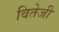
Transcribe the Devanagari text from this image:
वितेजी